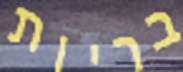
בריות